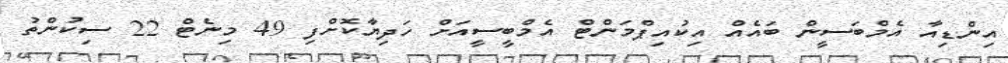
އިންޑިއާ އެމްބަސީން ބައެއް އިކުއިޕްމަންޓް އެމްބީސީއަށް ހަދިޔާކޮށްފި 49 މިނެޓް 22 ސިކުންތު